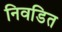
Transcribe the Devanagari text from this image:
निवडित